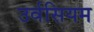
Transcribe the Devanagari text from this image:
उर्वसियम